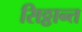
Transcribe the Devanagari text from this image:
सिठ्ठान्त